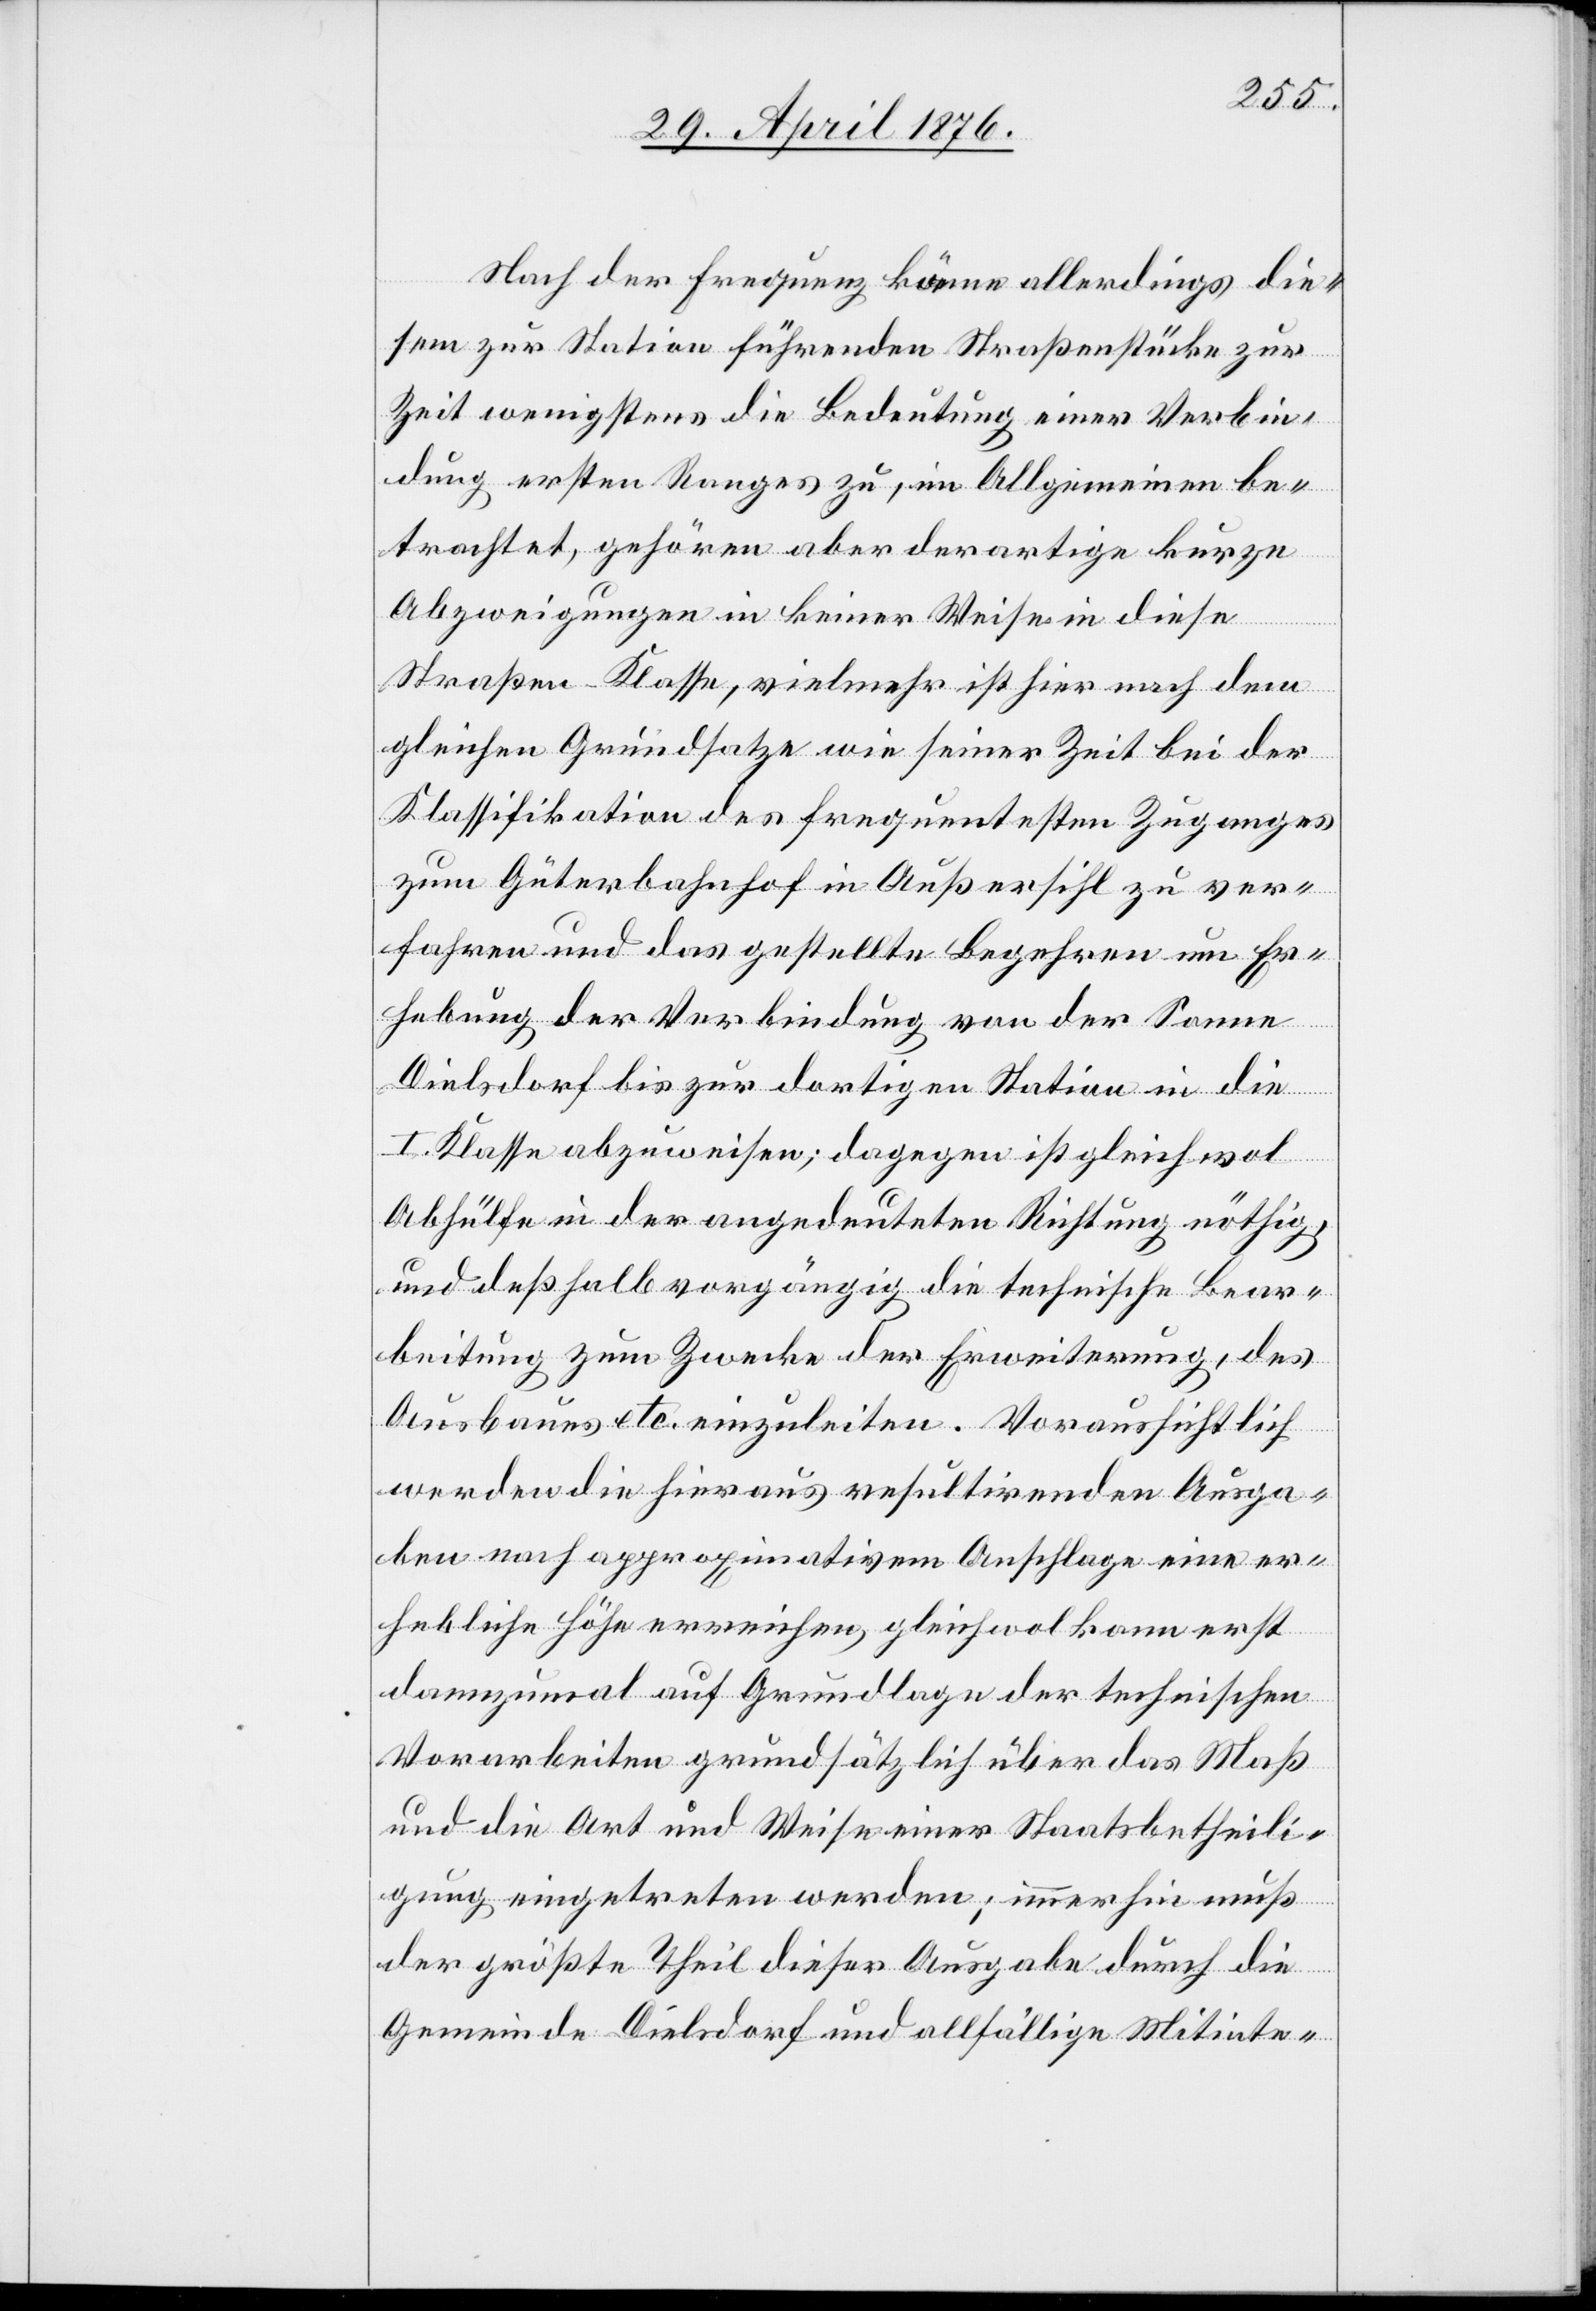
Nach der Frequenz käme allerdings die¬
sem zur Station führenden Straßenstücke zur
Zeit wenigstens die Bedeutung einer Verbin¬
dung ersten Ranges zu, im Allgemeinen be¬
trachtet, gehören aber derartige kurze
Abzweigungen in keiner Weise in diese
Straßen-Klasse, vielmehr ist hier nach dem
gleichen Grundsatze wie seiner Zeit bei der
zum Güterbahnhof in Außersihl zu ver¬
fahren und das gestellte Begehren um Er¬
hebung der Verbindung von der Sonne
Dielsdorf bis zur dortigen Station in die
des
I. Klasse abzuweisen; dagegen ist gleichwol
Abhülfe in der angedeuteten Richtung nöthig,
und deßhalb vorgängig die technische Bear¬
beitung zum Zwecke der Erweiterung, des
Ausbaues etc. einzuleiten. Voraussichtlich
werden die hieraus resultirenden Ausga¬
ben nach approximativem Anschlage eine er¬
hebliche Höhe erreichen, gleichwol kann erst
dannzumal auf Grundlage der technischen
Vorarbeiten grundsätzlich über das Maß
und die Art und Weise einer Staatsbetheili¬
gung eingetreten werden; immerhin muß
der größte Theil dieser Ausgabe durch die
Gemeinde Dielsdorf und allfällige Mitinte-